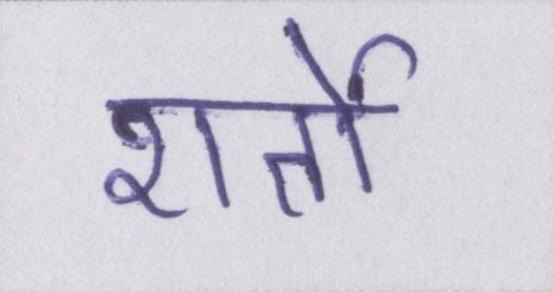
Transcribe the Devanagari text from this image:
शर्तो